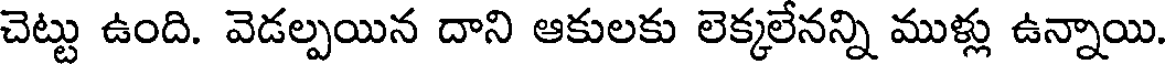
చెట్టు ఉంది. వెడల్పయిన దాని ఆకులకు లెక్కలేనన్ని ముళ్లు ఉన్నాయి.